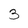
Character: 3